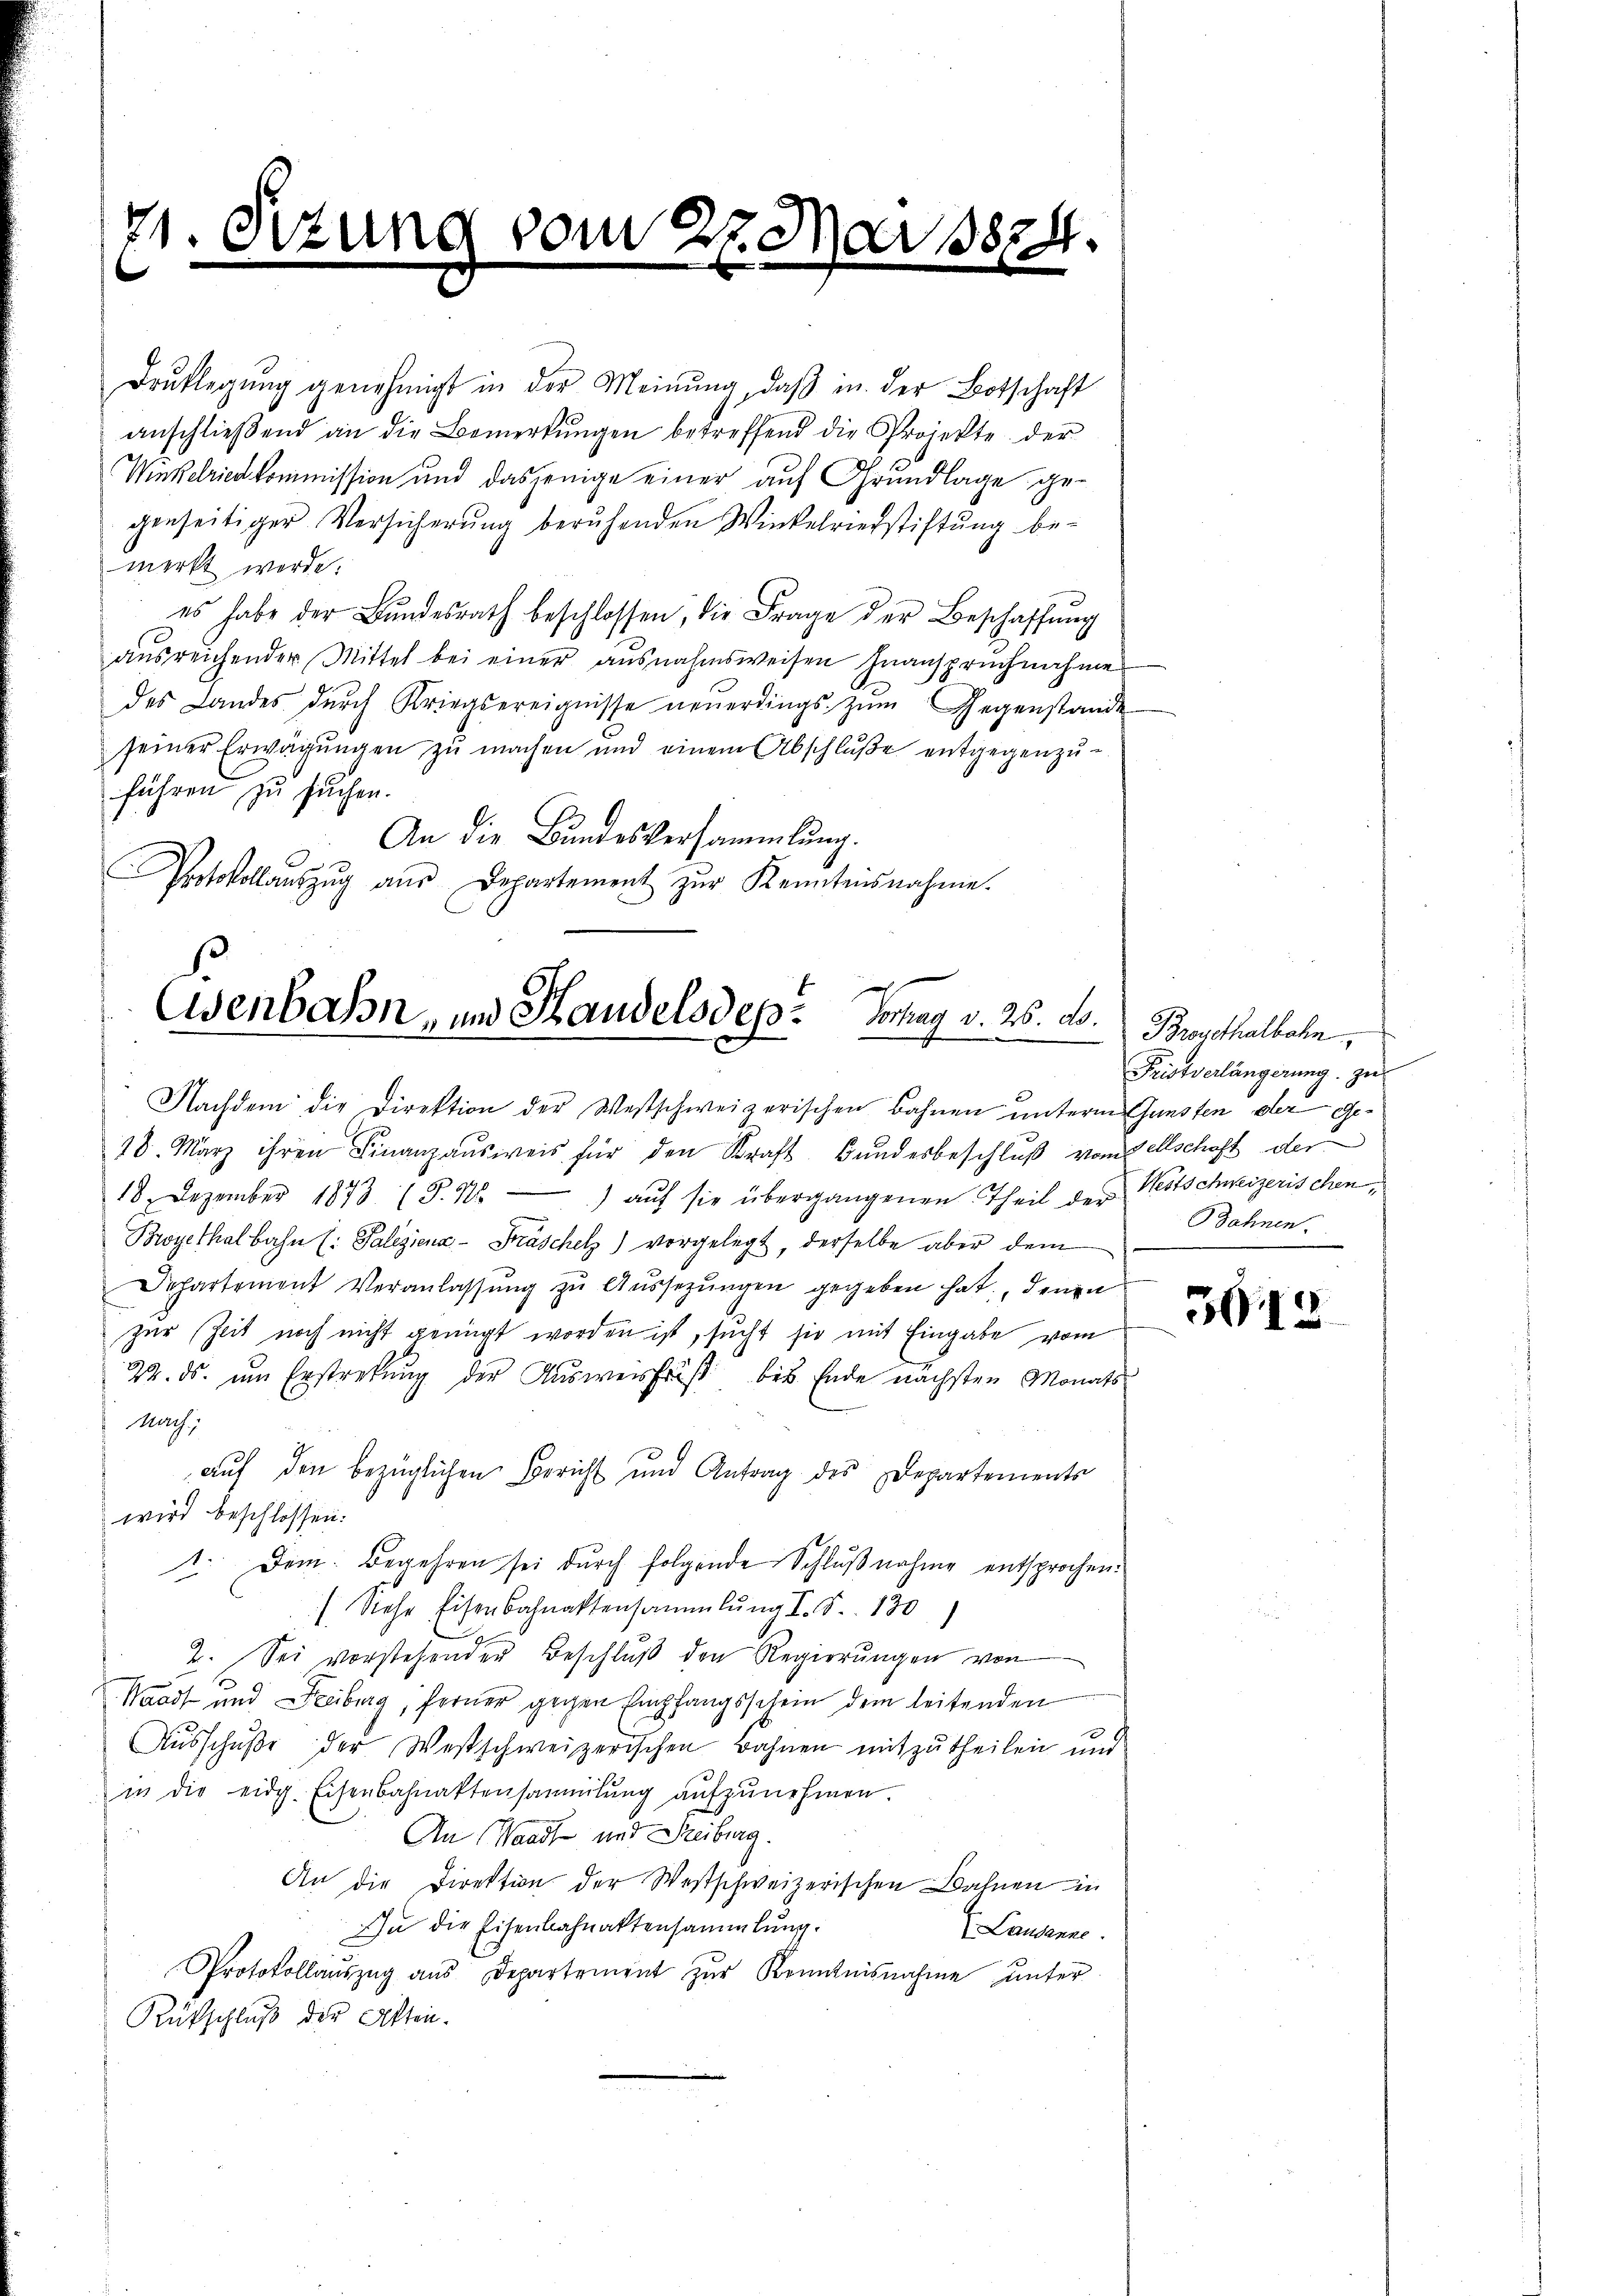
21. Sizum
.

vom 27. Mai 1874

Drŭklegŭng genehmigt in der Meinŭng, daβ in der Botschaft
anschlieβend an die Bemerkŭngen betreffend die Projekte der
Winkelried kommission und dasjenige einer auf Grundlage gegenseitiger Versicherŭng beruhenden Winkelriedstiftŭng be-
merkt werde.
es habe der Bŭndesrath beschlossen, die Frage der Beschaffŭng
ausreichender Mittel bei einer ausnahmsweisen Inanspruchnahme
des Landes dŭrch Kriegsereignisse neŭerdings zŭm Gegenstande
seiner Erwägŭngen zu machen und einem Abschlŭβe entgegenzu-
führen zu suchen.
An die Bundesversammlung.
Protokollaŭszŭg aŭs Departement zŭr Kenntensnahme.

Osenbahn, und Handelsdep. Vortrag v. 26. ds.
Nachdem die Direktion der Westschweizerischen Bahnen unterm Gunsten der Ge¬

18. März ihren Finanzausweis für den Kraft Bundesbeschluß vom Aschaft der
18. Dezember 1873 (S. Nr. ) aŭf sie übergangenen Theil der Westschweizerischen,
Boyethalbahn (: Palezions-Präschetz) vorgelegt, derselbe aber dem
Departement Veranlassŭng zŭ Aŭssetzŭngen gegeben hat, denn
zur Zeit noch nicht genügt worden ist, sucht sie mit Eingabe vom
24. ds. um Erstreckung der Ausweisfruß bis Ende nächsten Monats
Mach
aŭf den bezüglichen Bericht und Antrag des Departements
wird beschlossen:
1. Dem Begehren sei durch folgende Schlußnahme entsprochen.
) Siehe Eisenbahnaktensammlung I. S. 130)
2. Sei vorstehender Beschluß den Regierungen von
Standt und Freiburg, ferner gegen Empfangsschein dem leitenden
Aŭsschuße der Westschweizerischen Bahnen mitzutheilen und
in die eidg. Eisenbahnaktensammlung aŭfzŭnehmen.
An Waadt mit Freiburg.
An die Direktion der Westschweizerischen Bahnen in
Zu die Eisenbahnaktensammlung.
Lausanne
Protokollaŭszŭg aŭs Departement zŭr Kenntnisnahme unter
Rückschluß der Akten.

Brosethalbahn
Fristverlängerung zu
Bahnen.

3918